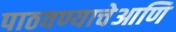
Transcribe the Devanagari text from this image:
पाठवण्याचेआणि